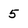
Character: 5